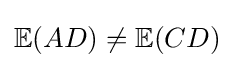
\mathbb {E} (AD)\neq \mathbb {E} (CD)